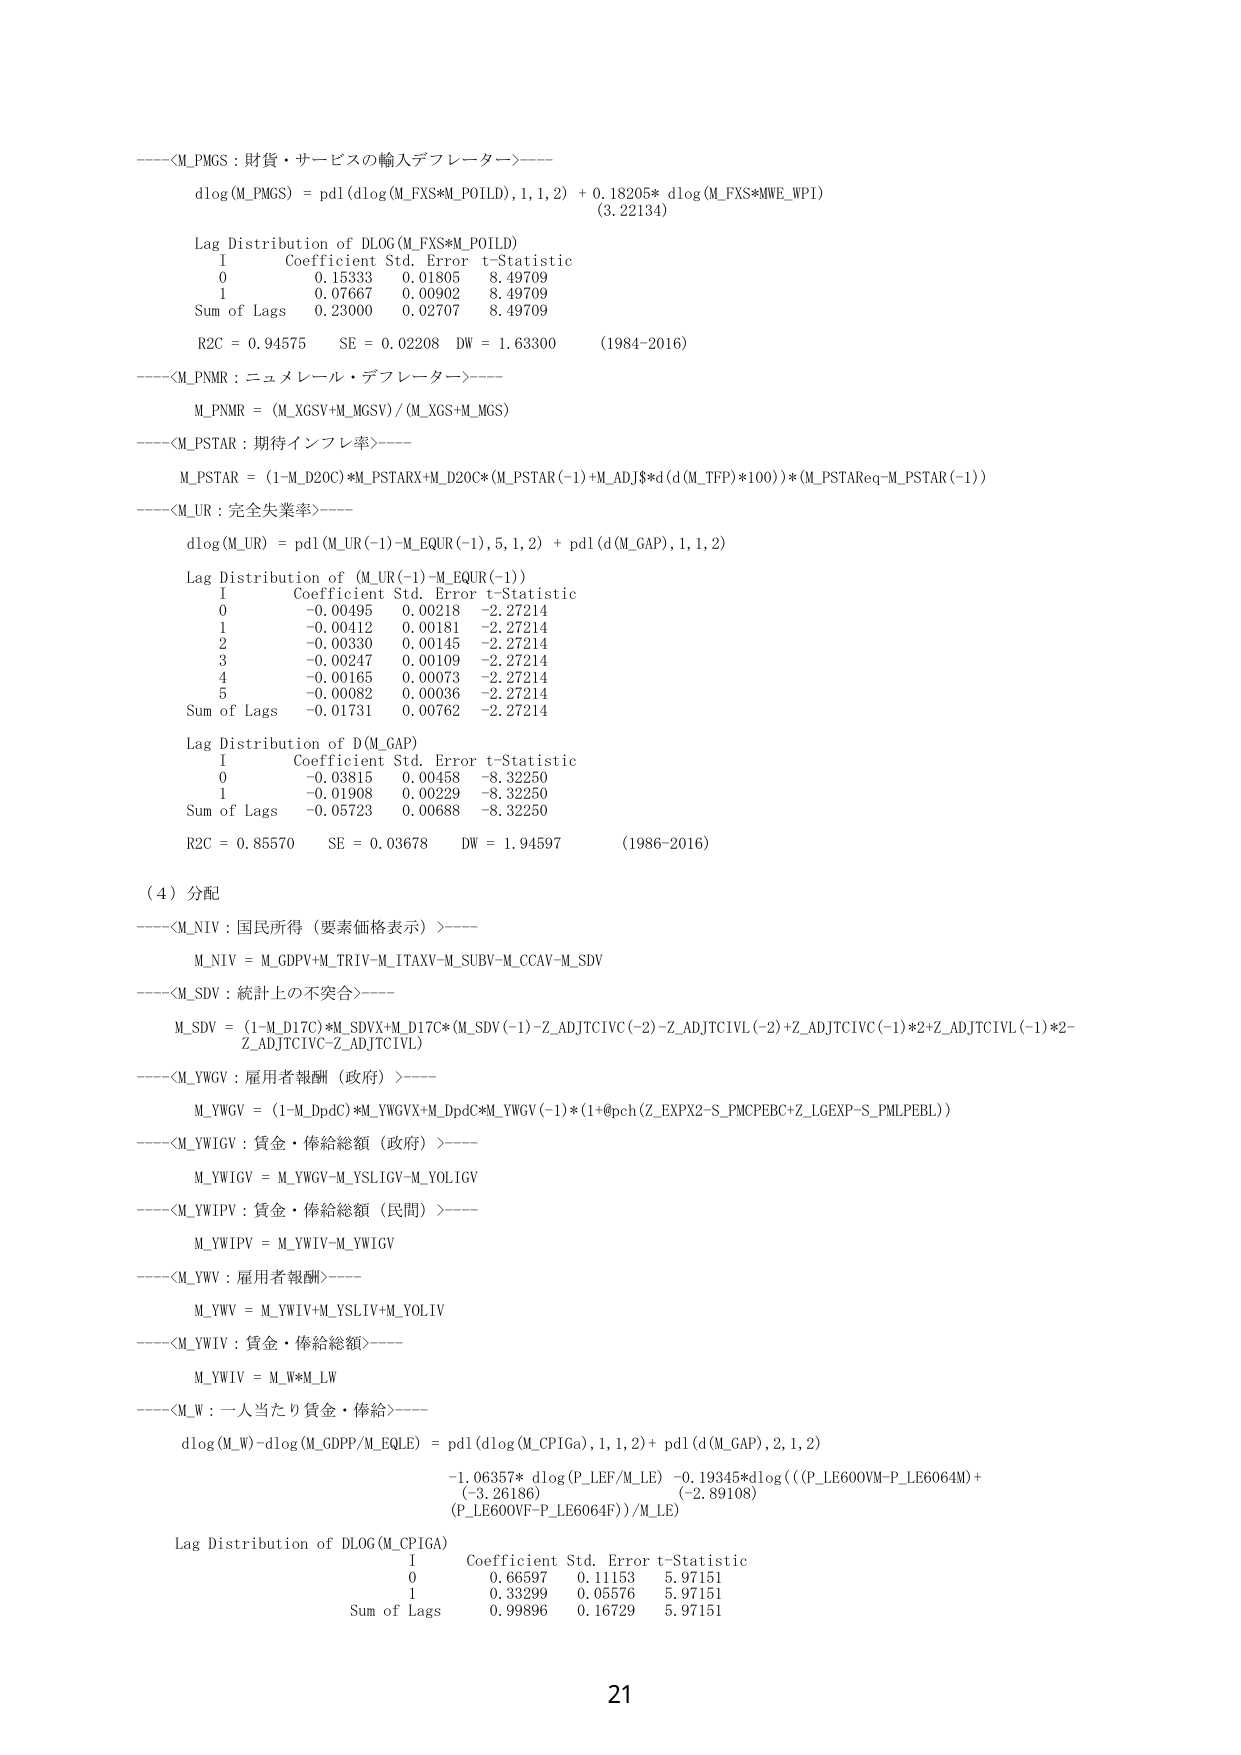
----<M_PMGS : 財貨・サービスの輸入デフレーター>----
dlog(M_PMGS) = pdl(dlog(M_FXS*M_POILD),1,1,2) + 0.18205* dlog(M_FXS*MWE_WPI)
(3.22134)

Lag Distribution of DLOG(M_FXS*M_POILD)
I     Coefficient  Std. Error  t-Statistic
0     0.15333      0.01805     8.49709
1     0.07667      0.00902     8.49709
Sum of Lags     0.23000      0.02707     8.49709

R2C = 0.94575     SE = 0.02208     DW = 1.63300     (1984-2016)

----<M_PNMR : ニュメレール・デフレーター>----
M_PNMR = (M_XGSV+M_MGSV) / (M_XGS+M_MGS)

----<M_PSTAR : 期待インフレ率>----
M_PSTAR = (1-M_D20C)*M_PSTARX+M_D20C*(M_PSTAR(-1)+M_ADJ$*d(d(M_TFP)*100))*(M_PSTAReq-M_PSTAR(-1))

----<M_UR : 完全失業率>----
dlog(M_UR) = pdl(M_UR(-1)-M_EQUR(-1),5,1,2) + pdl(d(M_GAP),1,1,2)

Lag Distribution of (M_UR(-1)-M_EQUR(-1))
I     Coefficient  Std. Error  t-Statistic
0     -0.00495     0.00218     -2.27214
1     -0.00412     0.00181     -2.27214
2     -0.00330     0.00145     -2.27214
3     -0.00247     0.00109     -2.27214
4     -0.00165     0.00073     -2.27214
5     -0.00082     0.00036     -2.27214
Sum of Lags     -0.01731     0.00762     -2.27214

Lag Distribution of D(M_GAP)
I     Coefficient  Std. Error  t-Statistic
0     -0.03815     0.00458     -8.32250
1     -0.01908     0.00229     -8.32250
Sum of Lags     -0.05723     0.00688     -8.32250

R2C = 0.85570     SE = 0.03678     DW = 1.94597     (1986-2016)

（4）分配

----<M_NIV : 国民所得（要素価格表示）>----
M_NIV = M_GDPV+M_TRIV-M_ITAXV-M_SUBV-M_CCAV-M_SDV

----<M_SDV : 統計上の不突合>----
M_SDV = (1-M_D17C)*M_SDVX+M_D17C*(M_SDV(-1)-Z_ADJTCIVC(-2)-Z_ADJTCIVL(-2)+Z_ADJTCIVC(-1)*2+Z_ADJTCIVL(-1)*2-Z_ADJTCIVC-Z_ADJTCIVL)

----<M_YWGV : 雇用者報酬（政府）>----
M_YWGV = (1-M_DpdC)*M_YWGVX+M_DpdC*M_YWGV(-1)*(1+@pch(Z_EXPX2-S_PMCPEBC+Z_LGEXP-S_PMLPEBL))

----<M_YWIGV : 賃金・俸給総額（政府）>----
M_YWIGV = M_YWGV-M_YSLIGV-M_YOLIGV

----<M_YWIPV : 賃金・俸給総額（民間）>----
M_YWIPV = M_YWIV-M_YWIGV

----<M_YW : 雇用者報酬>----
M_YW = M_YWIV+M_YSLIV+M_YOLIV

----<M_YWIV : 賃金・俸給総額>----
M_YWIV = M_W*M_LW

----<M_W : 一人当たり賃金・俸給>----
dlog(M_W)-dlog(M_GDPP/M_EQLE) = pdl(dlog(M_CPIGa),1,1,2)+ pdl(d(M_GAP),2,1,2)
-1.06357* dlog(P_LEF/M_LE) -0.19345*dlog(((P_LE600VM-P_LE6064M)+
(-3.26186)                    (-2.89108)
(P_LE600VF-P_LE6064F))/M_LE)

Lag Distribution of DLOG(M_CPIGA)
I     Coefficient  Std. Error  t-Statistic
0     0.66597      0.11153     5.97151
1     0.33299      0.05576     5.97151
Sum of Lags     0.99896      0.16729     5.97151

21